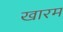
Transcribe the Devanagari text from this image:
खारम